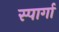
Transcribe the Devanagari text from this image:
स्पार्गा